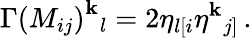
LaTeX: \Gamma\left(M_{ij}\right)^{\mathbf{k}}{}_{l}=2\eta_{l[i}\eta^{\mathbf{k}}{}_{j]}\, .